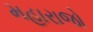
મહારાજો